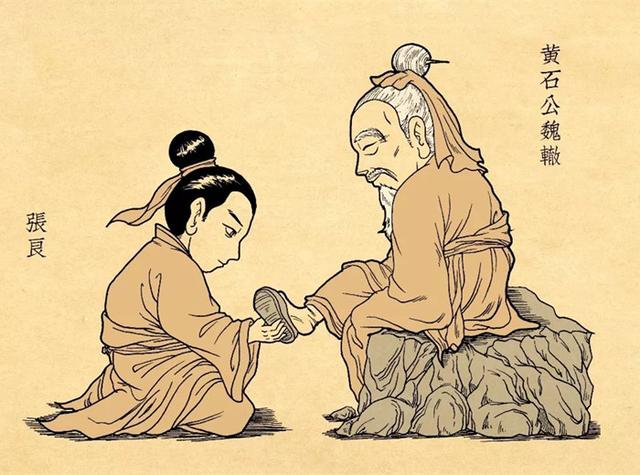
家贫则思良妻，国乱则思良相